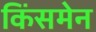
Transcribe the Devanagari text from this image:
किंसमेन